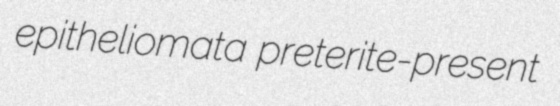
epitheliomata preterite-present